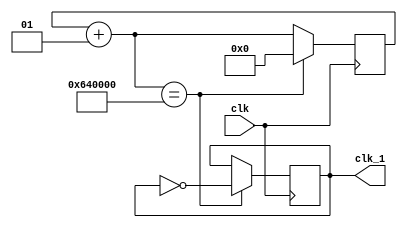
module clock_counter(input clk ,output reg clk_1); 

initial begin 
	clk_1 = 0; 
end
integer i =0; 
 
always @(posedge clk) begin 

	i = i+1; 
	if(i==6553600) begin 
		clk_1 =~clk_1;
		i=0;
	end
end	
endmodule